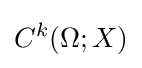
C^{k}(\Omega ;X)